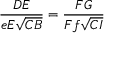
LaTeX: { \frac { D E } { e E { \sqrt { C B } } } } = { \frac { F G } { F f { \sqrt { C I } } } }